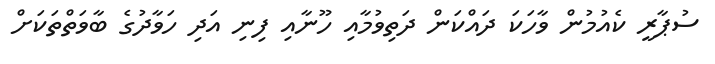
ސުޕާރީ ކެއުމުން ވާހަކަ ދައްކަން ދަތިވުމާއި ހޫނާއި ފިނި އަދި ހަވާދުގެ ބާވަތްތަކަށް